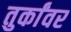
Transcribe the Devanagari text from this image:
तुर्कांवर